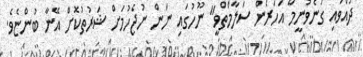
ދުއްވައި ގަނެވުނީމާ އަހަރެން ސަލާމްތްވީ" ނޫހުގައި ނަން ނުޖެހުމަށް ޝަރުތުކޮށް އޭނާ ބުންޏެވެ.